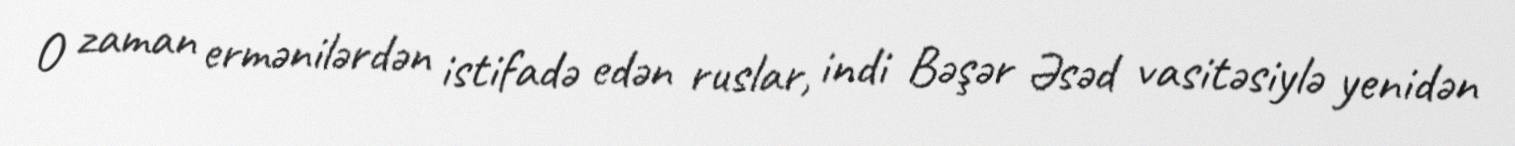
O zaman ermənilərdən istifadə edən ruslar, indi Bəşər Əsəd vasitəsiylə yenidən